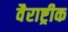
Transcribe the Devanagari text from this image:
वैराष्ट्रीक